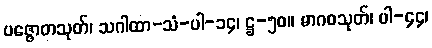
ပဇ္ဇောတသုတ်၊ သဂါထာ-သံ-ပါ-၁၄၊ ဋ္ဌ-၅၀။ မာဂဓသုတ်၊ ပါ-၄၄၊